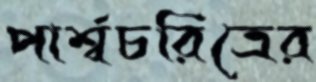
পার্শ্বচরিত্রের